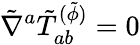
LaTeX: \tilde{\nabla}^{a}\tilde{T}_{ab}^{(\tilde{\phi})}=0